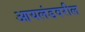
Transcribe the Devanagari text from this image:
आयलंडवरील